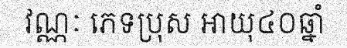
វណ្ណៈ ភេទប្រុស អាយុ៤០ឆ្នាំ